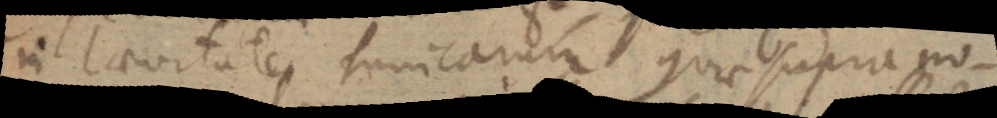
in laevitate tunicarum quae supra nos-